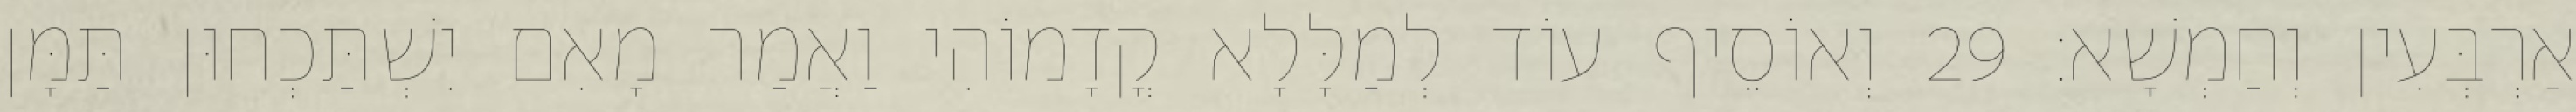
אַרְבְּעִין וְחַמְשָׁא׃ 29 וְאוֹסֵיף עוֹד לְמַלָּלָא קֳדָמוֹהִי וַאֲמַר מָאִם יִשְׁתַּכְחוּן תַּמָּן